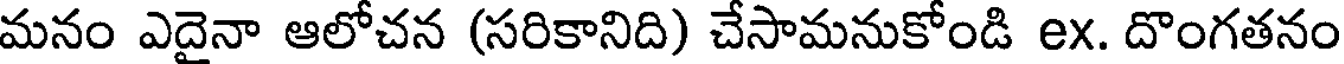
మనం ఎదైనా ఆలోచన (సరికానిది) చేసామనుకోండి ex. దొంగతనం